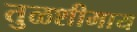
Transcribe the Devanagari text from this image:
तुळशीमाय